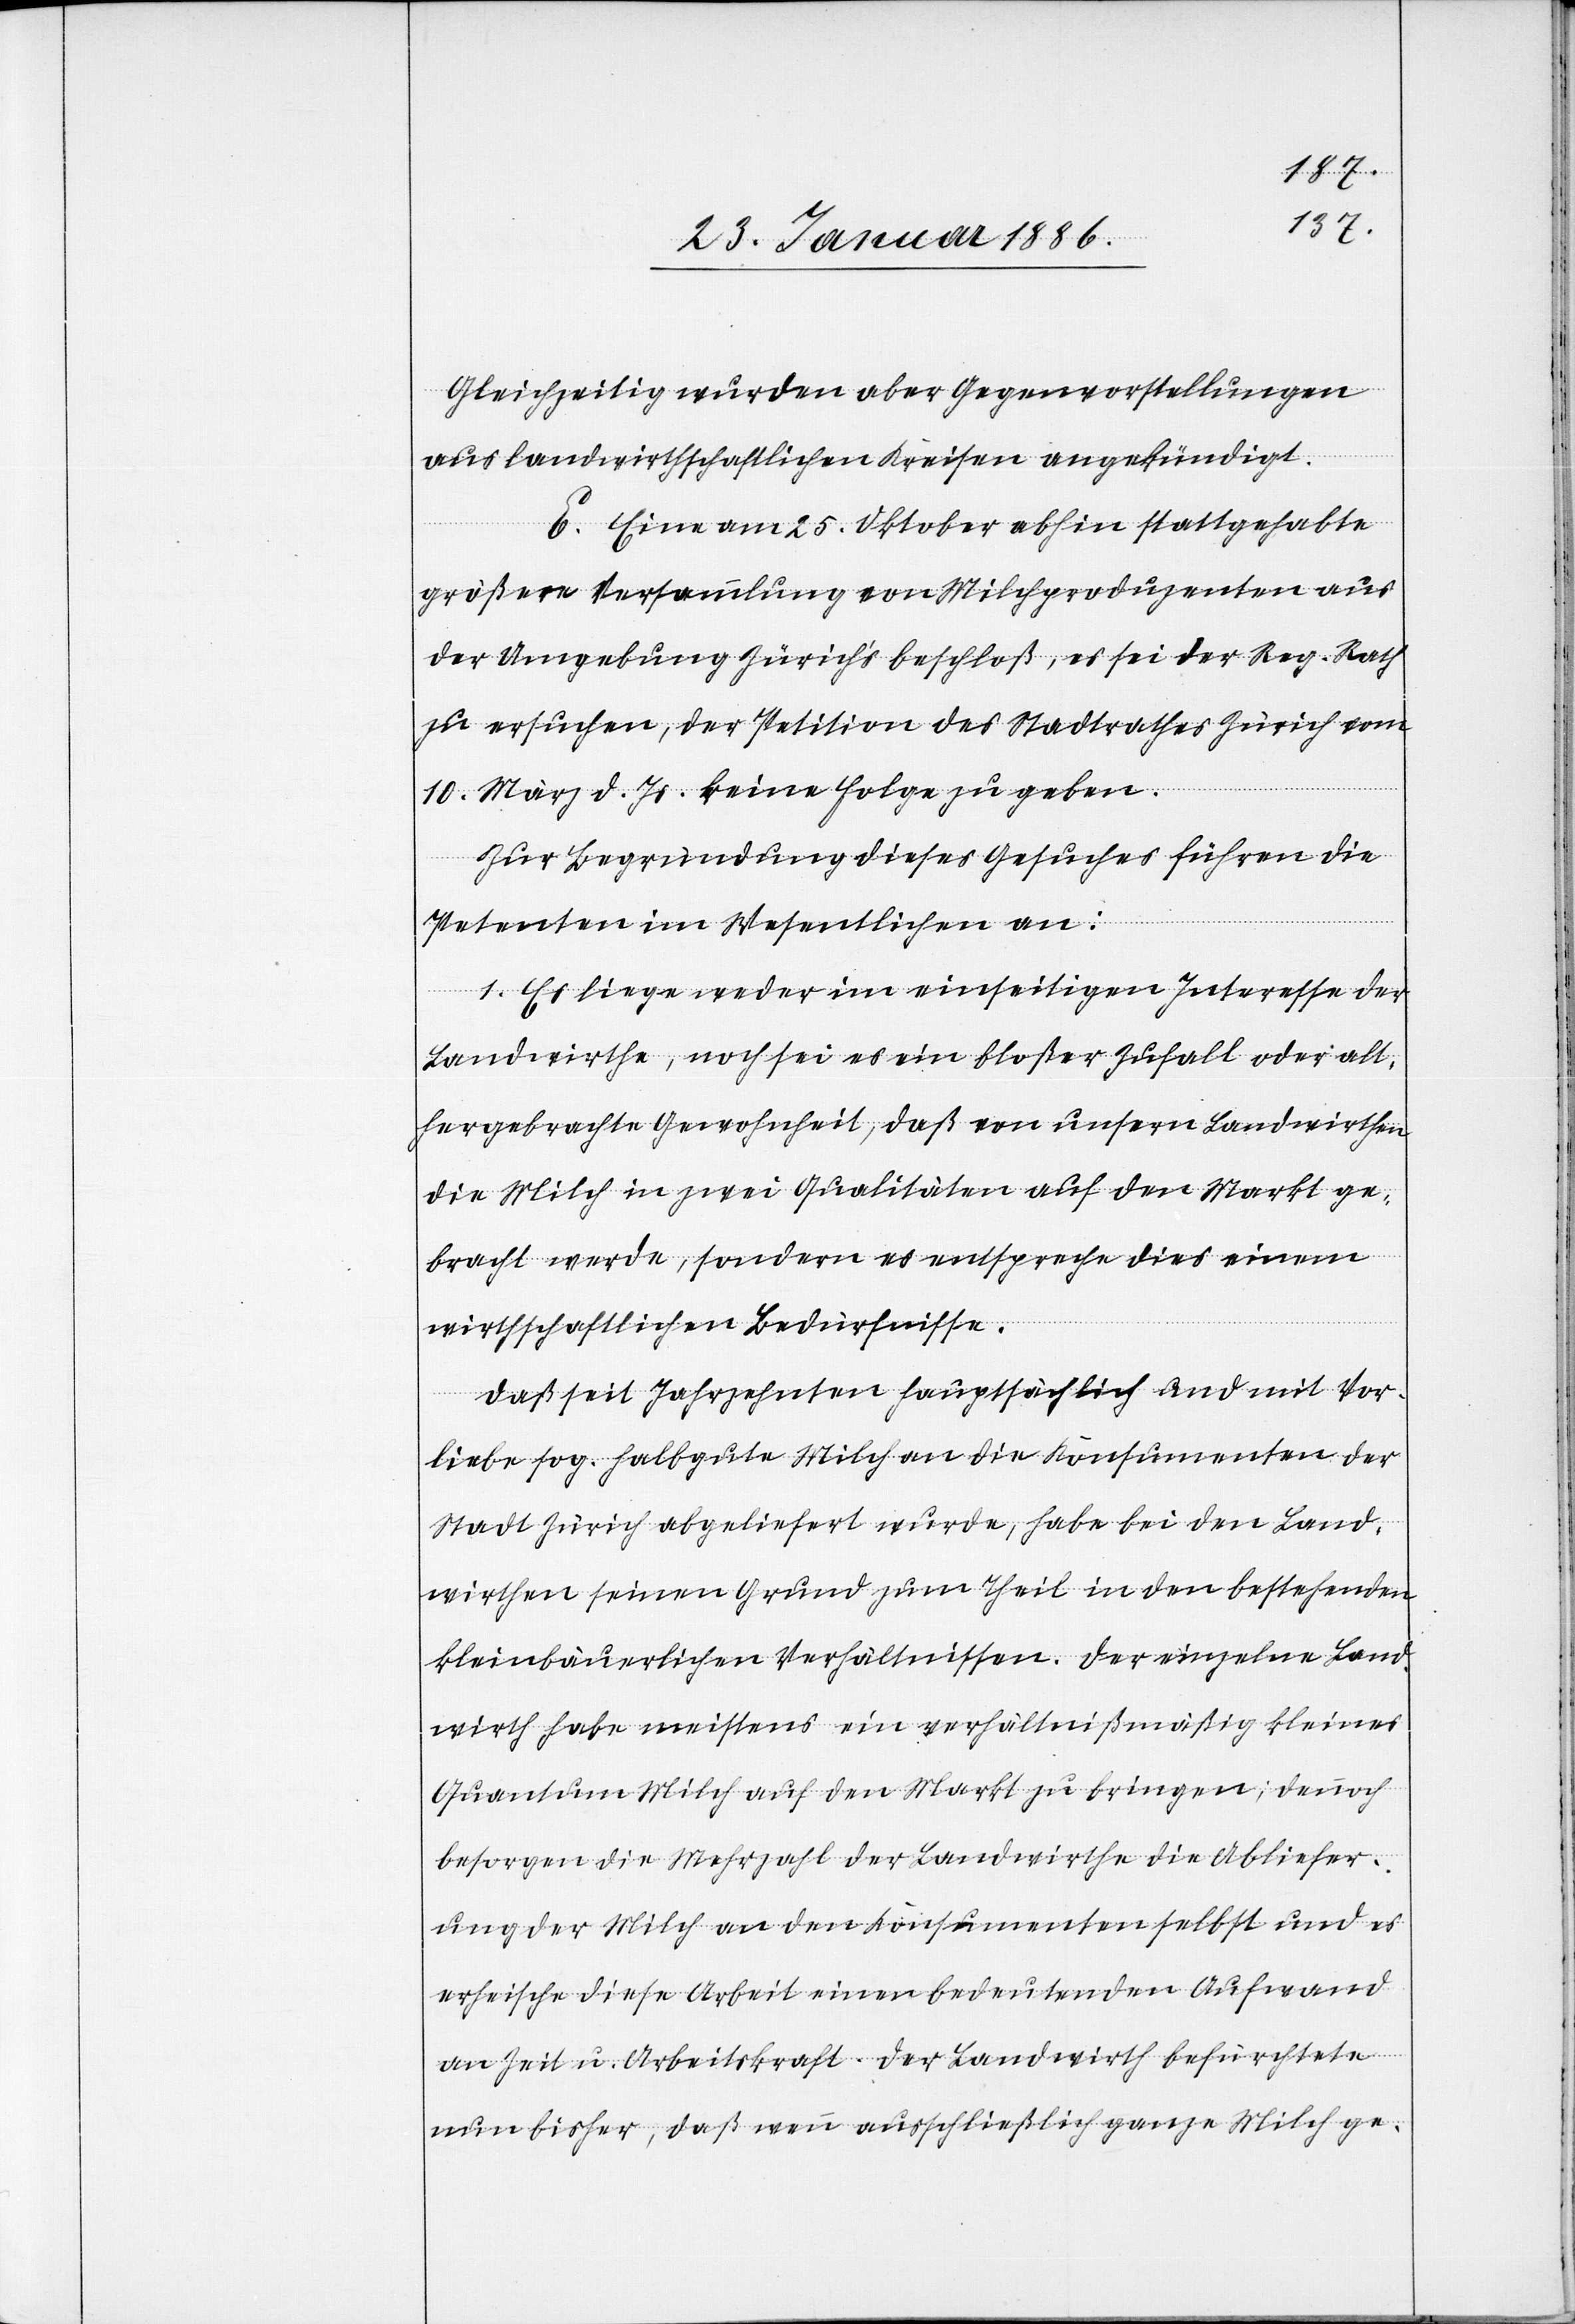
Gleichzeitig wurden aber Gegenvorstellungen
aus landwirthschaftlichen Kreisen angekündigt.
E. Eine am 25. Oktober abhin stattgehabte
größere Versammlung von Milchproduzenten aus
der Umgebung Zürich‘s beschloß, es sei der Reg. Rath
zu ersuchen, der Petition des Stadtrathes Zürich vom
10. März d. Js. keine Folge zu geben.
Zur Begründung dieses Gesuches führen die
Petenten im Wesentlichen an:
1. Es liege weder im einseitigen Interesse der
Landwirthe, noch sei es ein bloßer Zufall oder alt¬
hergebrachte Gewohnheit, daß von unsern Landwirthen
die Milch in zwei Qualitäten auf den Markt ge¬
bracht werde, sondern es entspreche dies einem
wirthschaftlichen Bedürfnisse.
Daß seit Jahrzehnten hauptsächlich und mit Vor¬
liebe sog. halbgute Milch an die Konsumenten der
Stadt Zürich abgeliefert wurde, habe bei den Land¬
wirthen seinen Grund zum Theil in den bestehenden
kleinbäuerlichen Verhältnissen. Der einzelne Land¬
wirth habe meistens ein verhältnißmäßig kleines
Quantum Milch auf den Markt zu bringen; dennoch
besorgen die Mehrzahl der Landwirthe die Abliefer¬
ung der Milch an den Konsumenten selbst und es
erheische diese Arbeit einen bedeutenden Aufwand
an Zeit u. Arbeitskraft. Der Landwirth befürchtete
nun bisher, daß wenn ausschließlich ganze Milch ge-